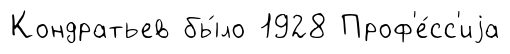
Кондратьев бы́ло 1928 Проф'е́сс'иjа